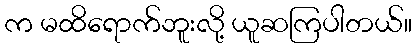
က မထိရောက်ဘူးလို့ ယူဆကြပါတယ်။